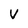
Character: V